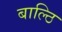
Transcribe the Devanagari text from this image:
बाल्ठि